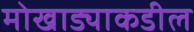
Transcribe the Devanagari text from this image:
मोखाड्याकडील